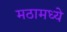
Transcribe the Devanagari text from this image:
मठामध्ये